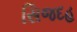
સિજદહ